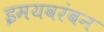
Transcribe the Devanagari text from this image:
इमयवरंबन